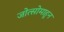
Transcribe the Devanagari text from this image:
जोत्सोमाहून